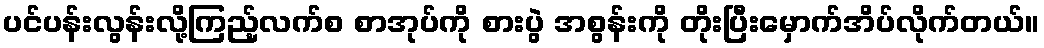
ပင်ပန်းလွန်းလို့ကြည့်လက်စ စာအုပ်ကို စားပွဲ အစွန်းကို တိုးပြီးမှောက်အိပ်လိုက်တယ်။